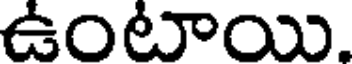
ఉంటాయి.